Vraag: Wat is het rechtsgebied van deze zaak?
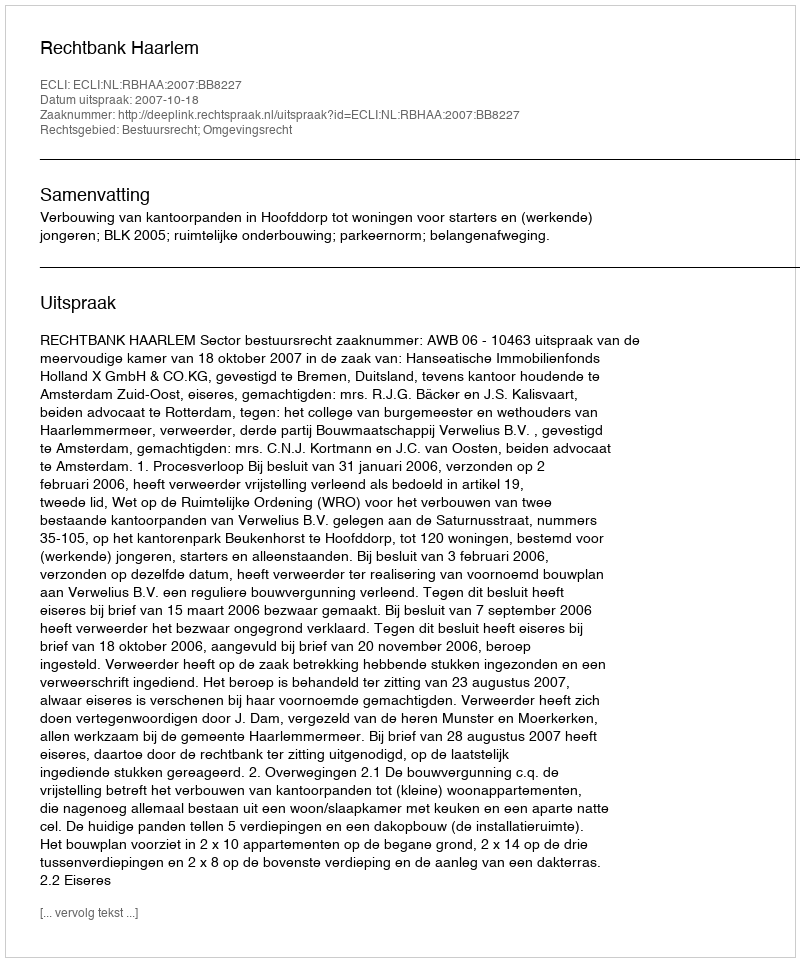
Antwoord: Bestuursrecht; Omgevingsrecht